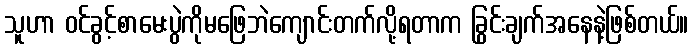
သူဟာ ဝင်ခွင့်စာမေးပွဲကိုမဖြေဘဲကျောင်းတက်လို့ရတာက ခြွင်းချက်အနေနဲ့ဖြစ်တယ်။